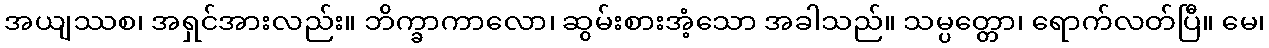
အယျဿစ၊ အရှင်အားလည်း။ ဘိက္ခာကာလော၊ ဆွမ်းစားအံ့သော အခါသည်။ သမ္ပတ္တော၊ ရောက်လတ်ပြီ။ မေ၊